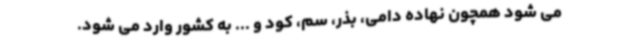
می شود همچون نهاده دامی، بذر، سم، کود و ... به کشور وارد می شود.